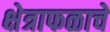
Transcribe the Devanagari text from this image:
क्षेत्राफळाचे